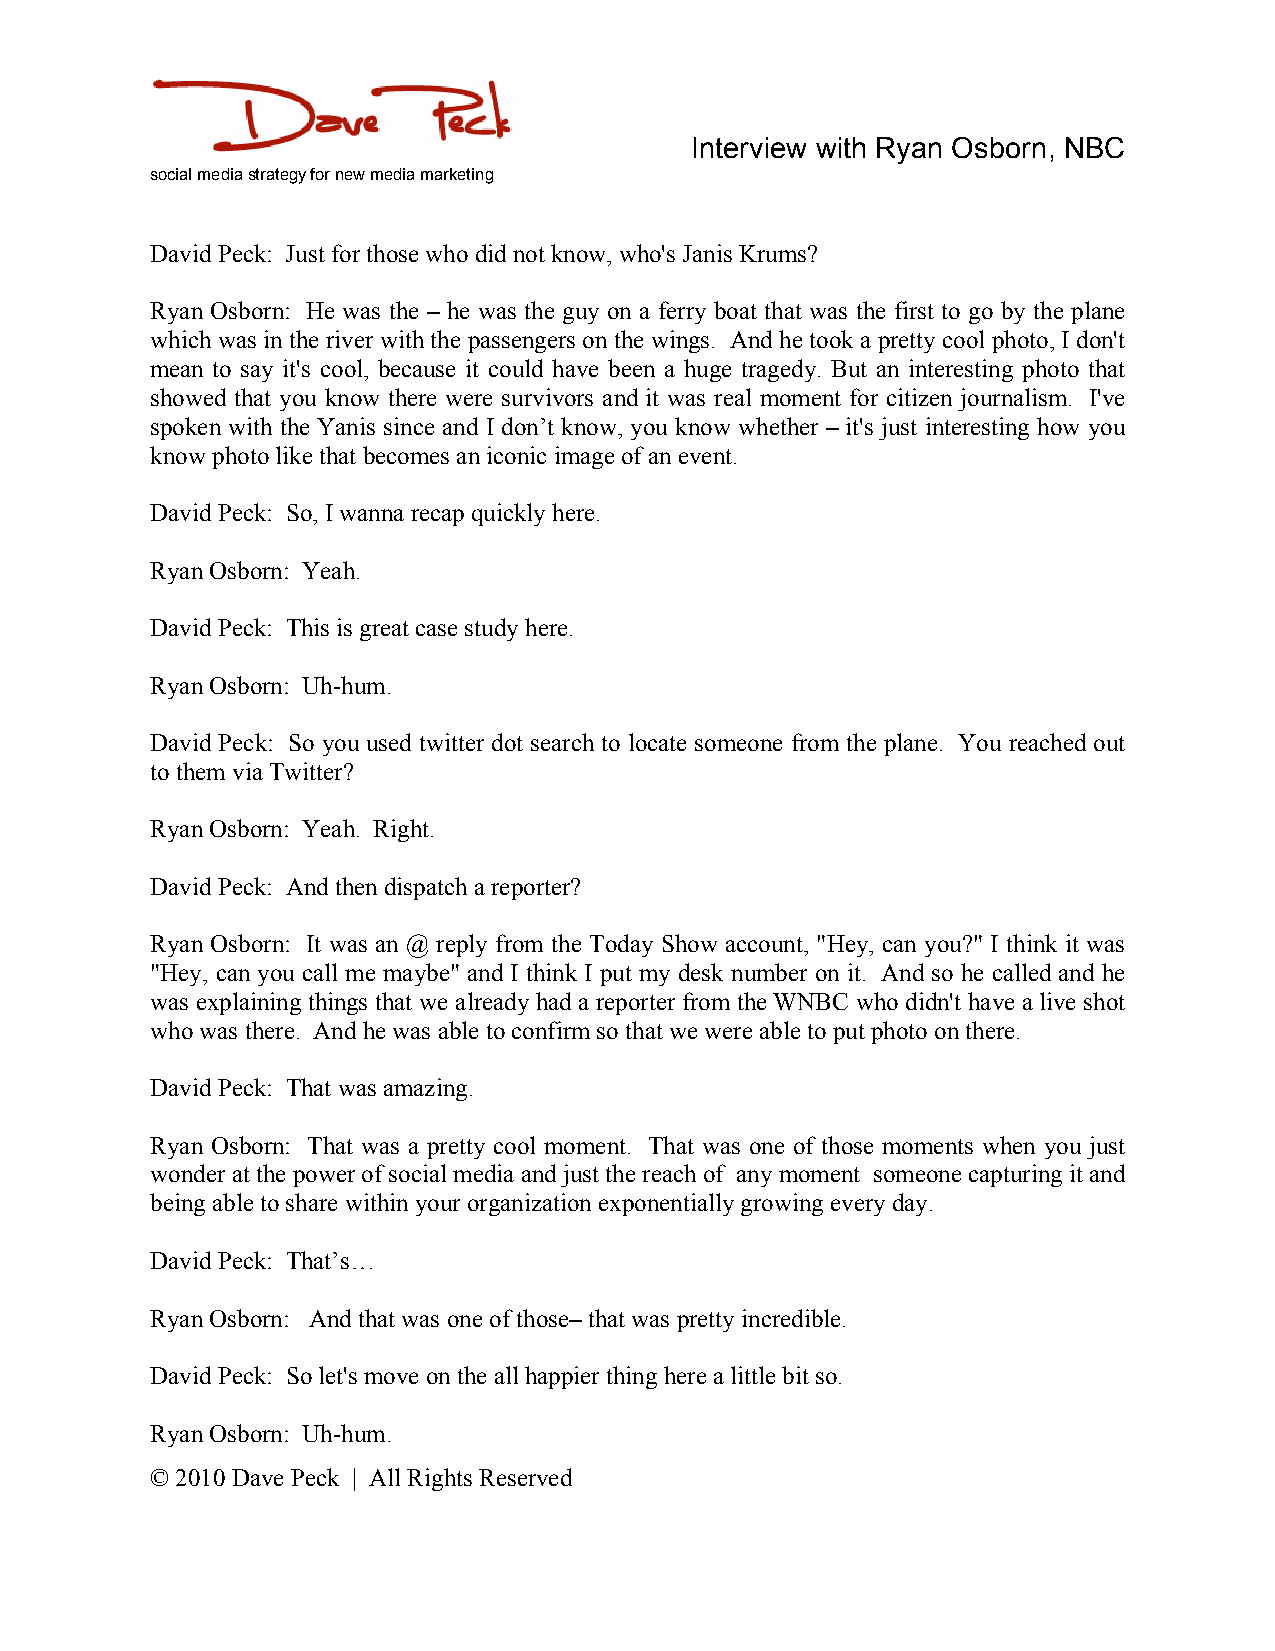
Interview with Ryan Osborn, NBC
 social media strategy for new media marketing
 David Peck: Just for those who did not know, who's Janis Krums?
 Ryan Osborn: He was the – he was the guy on a ferry boat that was the first to go by the plane
 which was in the river with the passengers on the wings. And he took a pretty cool photo, I don't
 mean to say it's cool, because it could have been a huge tragedy. But an interesting photo that
 showed that you know there were survivors and it was real moment for citizen journalism. I've
 spoken with the Yanis since and I don’t know, you know whether – it's just interesting how you
 know photo like that becomes an iconic image of an event.
 David Peck: So, I wanna recap quickly here.
 Ryan Osborn: Yeah.
 David Peck: This is great case study here.
 Ryan Osborn: Uh-hum.
 David Peck: So you used twitter dot search to locate someone from the plane. You reached out
 to them via Twitter?
 Ryan Osborn: Yeah. Right.
 David Peck: And then dispatch a reporter?
 Ryan Osborn: It was an @ reply from the Today Show account, "Hey, can you?" I think it was
 "Hey, can you call me maybe" and I think I put my desk number on it. And so he called and he
 was explaining things that we already had a reporter from the WNBC who didn't have a live shot
 who was there. And he was able to confirm so that we were able to put photo on there.
 David Peck: That was amazing.
 Ryan Osborn: That was a pretty cool moment. That was one of those moments when you just
 wonder at the power of social media and just the reach of any moment someone capturing it and
 being able to share within your organization exponentially growing every day.
 David Peck: That’s…
 Ryan Osborn: And that was one of those– that was pretty incredible.
 David Peck: So let's move on the all happier thing here a little bit so.
 Ryan Osborn: Uh-hum.
 © 2010 Dave Peck | All Rights Reserved